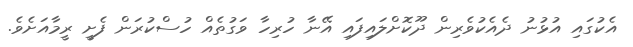
އެކުގައި އުޅުނު ދެއެކުވެރިން ދޫކޮށްލައިފައި އޭނާ ހުރިހާ ވަގުތެއް ހުސްކުރަން ފެށީ ރީމާއަށެވެ.